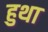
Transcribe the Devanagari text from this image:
हुथा